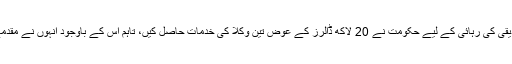
پاکستانی ڈاکٹر عافیہ صدیقی کی رہائی کے لیے حکومت نے 20 لاکھ ڈالرز کے عوض تین وکلا کی خدمات حاصل کیں، تاہم اس کے باوجود انہوں نے مقدمے میں اپنا دفاع نہیں کیا۔